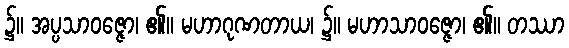
၌။ အပ္ပသာဝဇ္ဇော၊ ၏။ မဟာဂုဏတာယ၊ ၌။ မဟာသာဝဇ္ဇော၊ ၏။ တဿာ